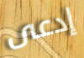
إدعى